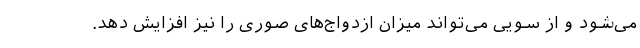
می‌شود و از سویی می‌تواند میزان ازدواج‌های صوری را نیز افزایش دهد.